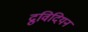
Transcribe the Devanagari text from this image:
द्रुविदियन